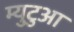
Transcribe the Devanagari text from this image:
म्युटुआ